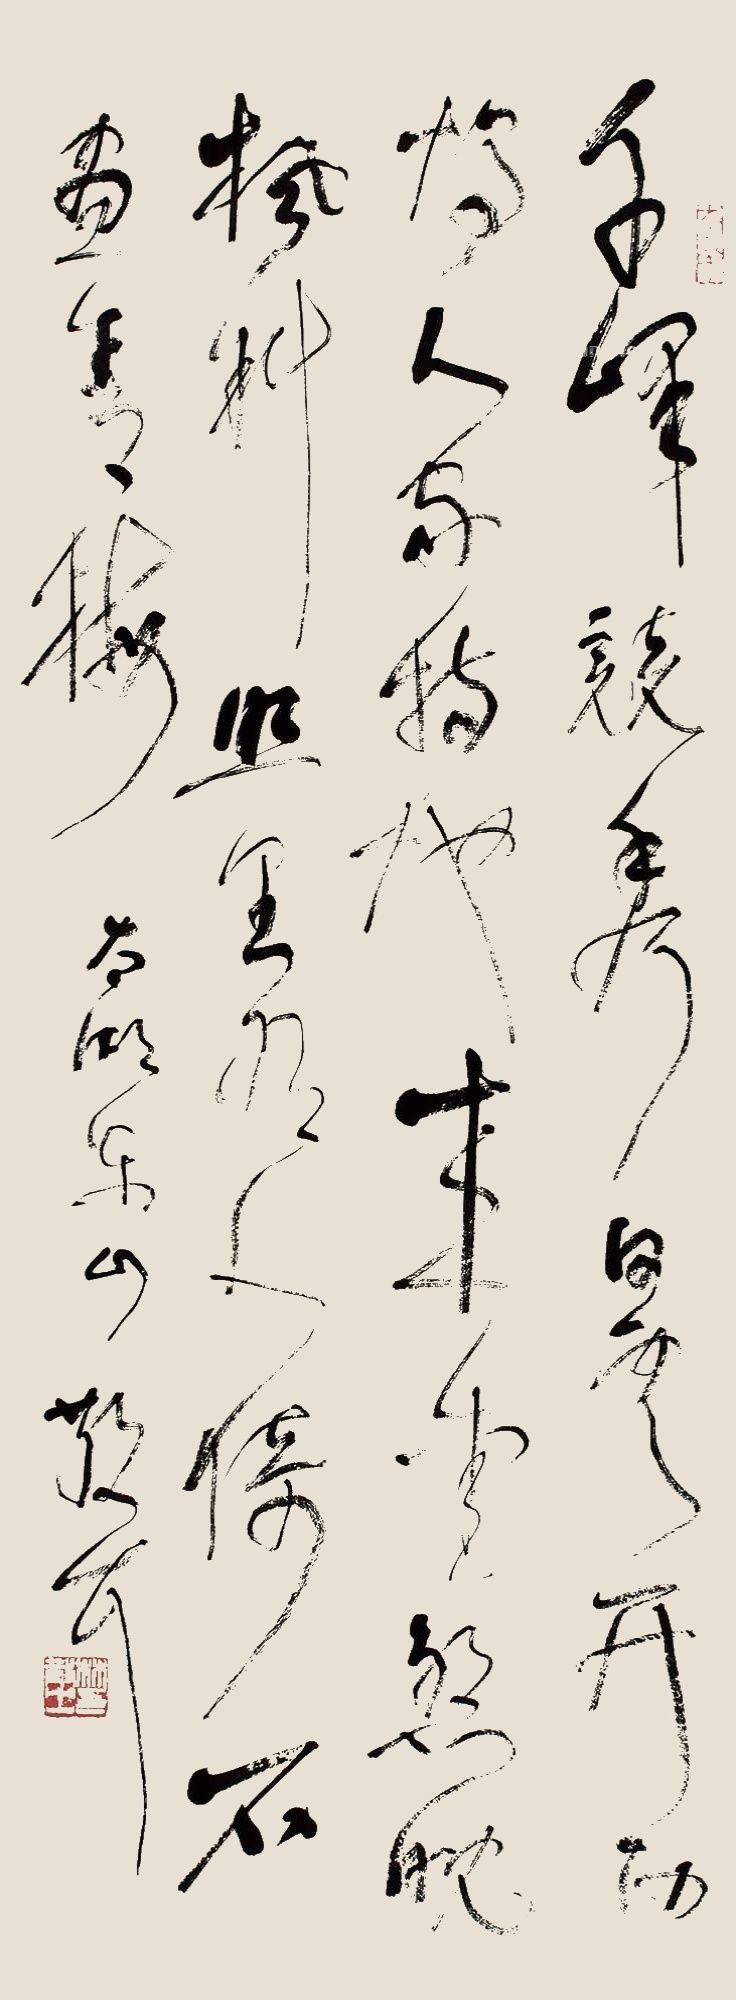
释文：千峰竞秀白云开，西坞人家特地来，爱煞晚枫斜照里，有人倚石画青梅。《太湖东山》，散耳。